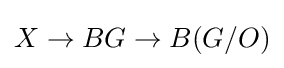
X\rightarrow BG\rightarrow B(G/O)